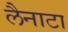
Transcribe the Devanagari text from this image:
लैनाटा